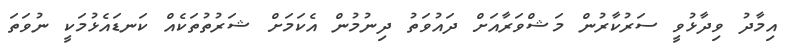
އިމާދު ވިދާޅުވީ ސަރުކާރުން މަޝްވަރާއަށް ދައުވަތު ދިނުމުން އެކަމަށް ޝަރުތުތަކެއް ކަނޑައެޅުމަކީ ނުވަތަ